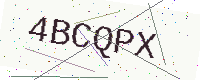
Text: 4BCQPX